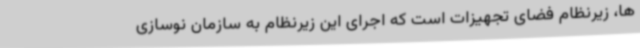
ها، زیرنظام فضای تجهیزات است که اجرای این زیرنظام به سازمان نوسازی